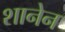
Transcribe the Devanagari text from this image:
शानेन